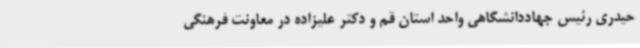
حیدری رئیس جهاددانشگاهی واحد استان قم و دکتر علیزاده در معاونت فرهنگی